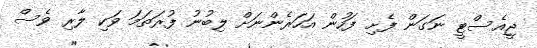
ޖީއެސްޓީ ނަގަން ފެށި ފަހުން އަހަރެންނަށް ލިބުނު ފުރަތަމަ ވަކި ލާރި ވެސް